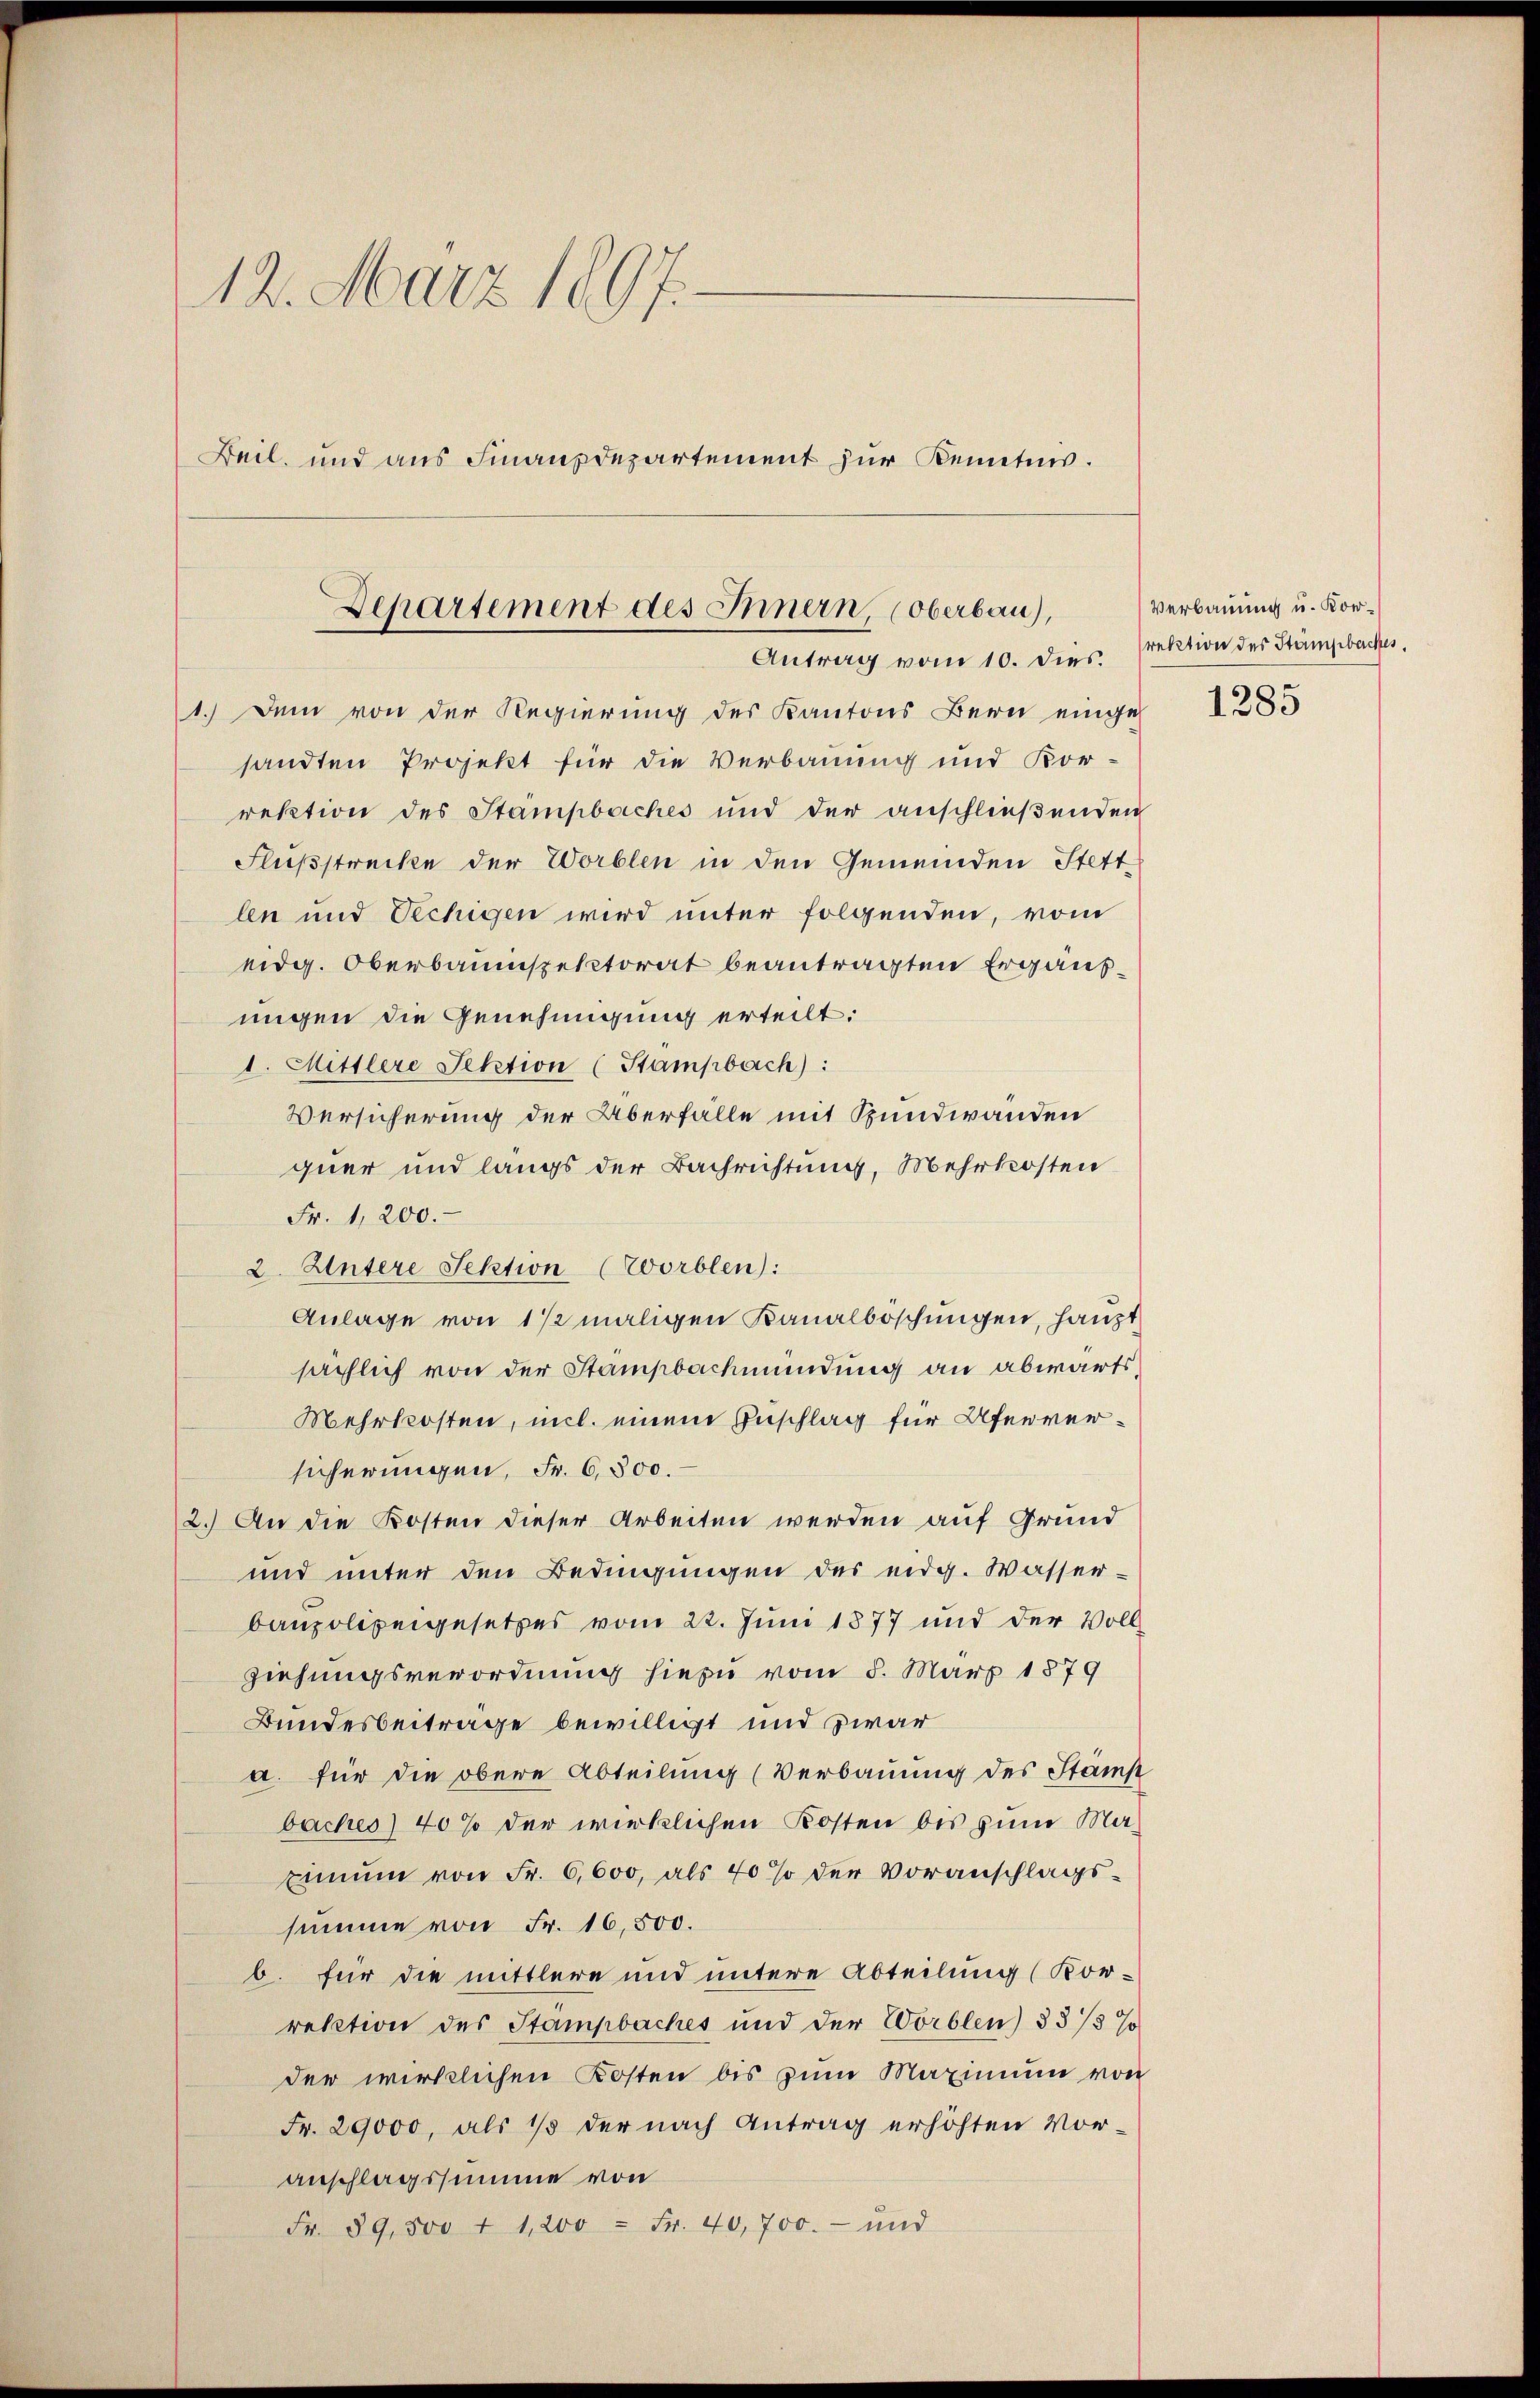
12. März 1897.
Beil, und aus Finanzdepartement zur Benetur.

Departement des Innern, (Oberbau),
Antrag vom 10. dies.

1.) Dem von der Regierung des Kantons Bern einge-
sandten Projekt für die Verbauung und Kor-
rektion des Stampbaches und der anschließenden
Flußstrecke der Worblen in den Gemeinden Stett
len und Vechigen wird unter folgenden, vom
eidg. Oberbauinspektorat beantragten Ergäufmigen die Genehmigung erteilt:
I. Mittlere Sektion (Stampbach):
Versicherung der Überfälle mit Sundwanden
quer und langs der Bachrichtung, Mehrkosten
Fr. 1, 200.
2. Untere Sektion (Worblen):
Anlage von 1 1/2 maligen Banalboschungen, haupt
sächlich von der Stämpbachmündung an abwärts
Mehrkosten, mit einem Anschlag für Uferversicherungen, Fr. 6500.
2.) An die Kosten dieser Arbeiten werden auf Grund
und unter den Bedingungen des eidg. Wasser-
baupolizeigesetzes vom 22. Juni 1877 und der Vollziehungsverordnung hiezu vom 8. März 1879
Bundesbeitrage bewilligt und zwar
a. für die obere Abteilung (Verbauung des Stamp
baches) 40% der wirklichen Kosten bis zum Ma¬
Einum von Fr. 6,600, als 40% der Voranschlags-
summe von Fr. 16,500.
b. für die mittlere und untere Abteilung (Kor-
rektion des Stampbaches und der Worblen) § 3/3 %
der wirklichen Kosten bis zum Maximum von
Fr. 29000, als 1/3 der nach Antrag erhöhten Vor-
anschlagssumme von
Fr. 89,500 f 1,200 = Fr. 40,700.- und

Verbauung u. Korrektion des Stampbeckes,
1285